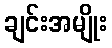
ချင်းအမျိုး